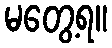
မတွေ့ရ။